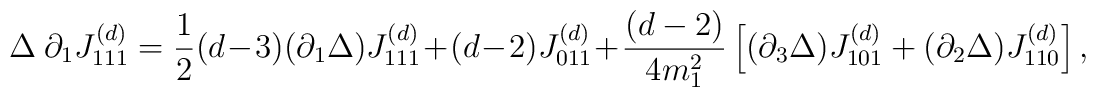
\Delta~ \partial_1 J^{(d)}_{1 1 1}=\frac12(d-3)(\partial_1 \Delta) J^{(d)}_{1 1 1}+(d-2)J^{(d)}_{0 1 1}+\frac{(d-2)}{4m_1^2}\left[(\partial_3 \Delta) J^{(d)}_{1 0 1} +(\partial_2 \Delta)  J^{(d)}_{1 1 0} \right],